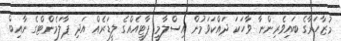
މުޒާހަރާގެ ބައިވެރިންނާ ވާހަކަ ދައްކަވަމުން އިސްލާމީ ޕާޓީއެއްގެ ލީޑަރެއް އަދި ޕާލަމެންޓްގެ ނާއިބް